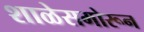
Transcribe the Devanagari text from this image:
शाळेसमोरून